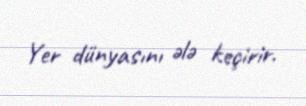
Yer dünyasını ələ keçirir.